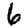
Digit: 6